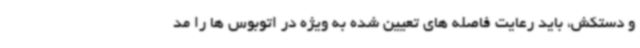
و دستکش، باید رعایت فاصله های تعیین شده به ویژه در اتوبوس ها را مد